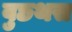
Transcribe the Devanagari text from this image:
वुछथस